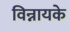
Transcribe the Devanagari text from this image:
विन्नायके